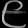
Digit: ၉